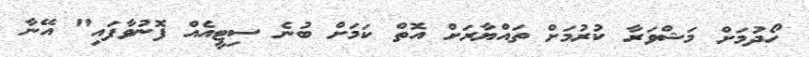
ހޯދުމަށް މަޝްވަރާ ކުރުމަށް ތައްޔާރަށް އޮތް ކަމަށް ބުނެ ސިޓީއެއް ފޮނުވާފައި" އޭނާ